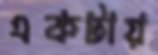
একটায়